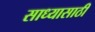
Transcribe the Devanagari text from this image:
साध्यासाठी